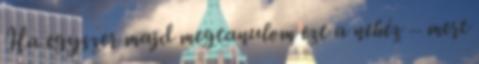
Ha egyszer majd megtanulom ezt a nehéz – mert